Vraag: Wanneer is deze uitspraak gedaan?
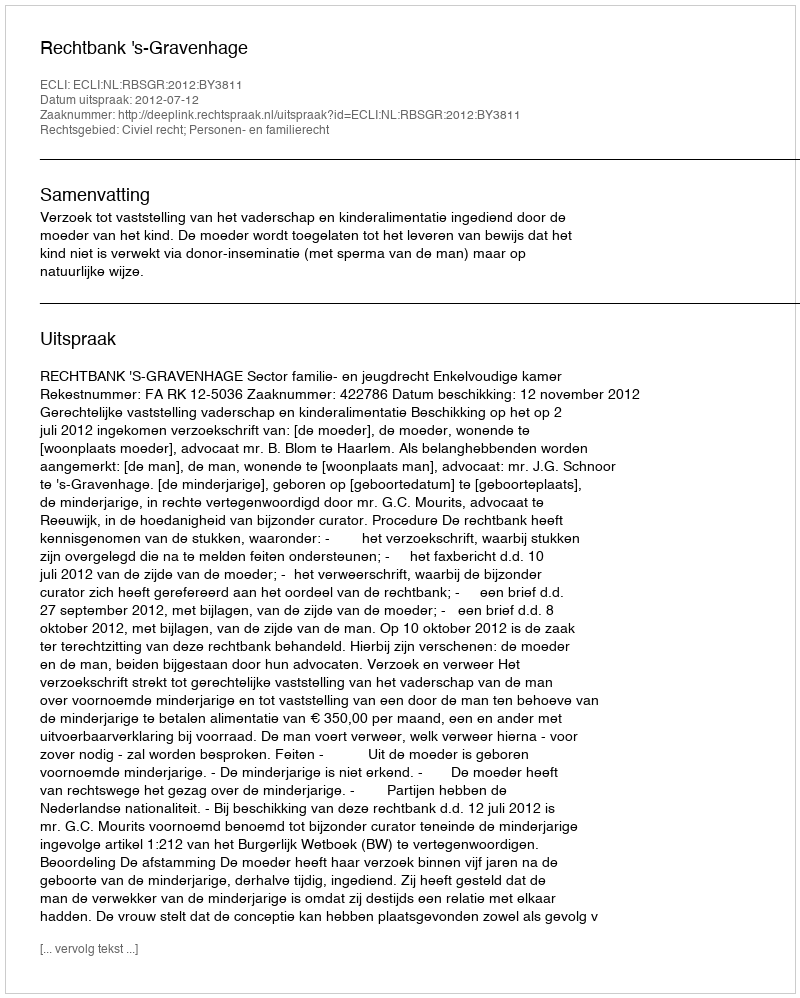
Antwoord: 2012-07-12